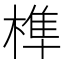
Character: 榫